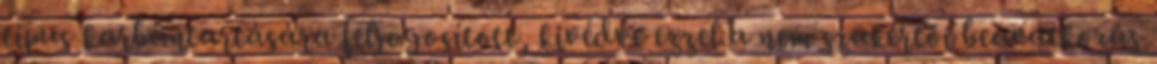
típus karbantartására feljogosított, kivédve ezzel a nem szakértői beavatkozás